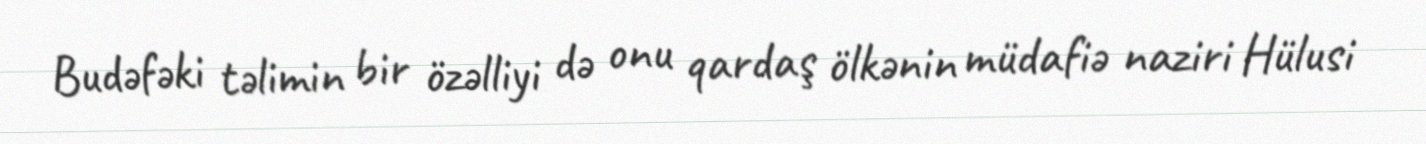
Budəfəki təlimin bir özəlliyi də onu qardaş ölkənin müdafiə naziri Hülusi